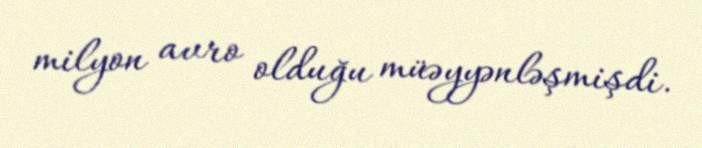
milyon avro olduğu müəyyənləşmişdi.